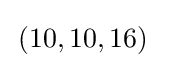
\,(10,10,16)\;